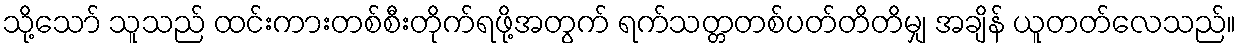
သို့သော် သူသည် ထင်းကားတစ်စီးတိုက်ရဖို့အတွက် ရက်သတ္တတစ်ပတ်တိတိမျှ အချိန် ယူတတ်လေသည်။